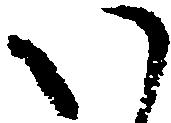
い